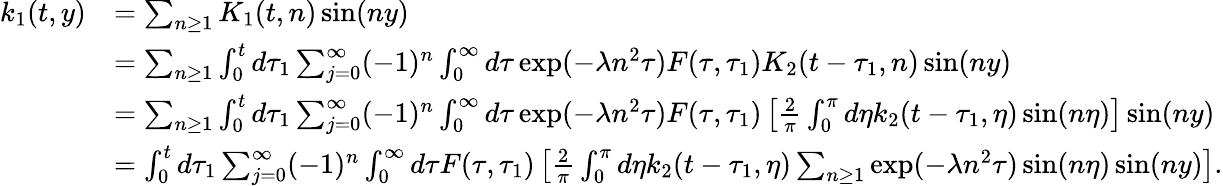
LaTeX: \begin{array}{rl}{k_{1}(t,y)}&{=\sum_{n\geq 1}K_{1}(t,n)\sin(ny)}\\ &{=\sum_{n\geq 1}\int_{0}^{t}d\tau_{1}\sum_{j=0}^{\infty}(-1)^{n}\int_{0}^{\infty}d\tau\exp(-\lambda n^{2}\tau)F(\tau,\tau_{1})K_{2}(t-\tau_{1},n)\sin(ny)}\\ &{=\sum_{n\geq 1}\int_{0}^{t}d\tau_{1}\sum_{j=0}^{\infty}(-1)^{n}\int_{0}^{\infty}d\tau\exp(-\lambda n^{2}\tau)F(\tau,\tau_{1})\left[\frac{2}{\pi}\int_{0}^{\pi}d\eta k_{2}(t-\tau_{1},\eta)\sin(n\eta)\right]\sin(ny)}\\ &{=\int_{0}^{t}d\tau_{1}\sum_{j=0}^{\infty}(-1)^{n}\int_{0}^{\infty}d\tau F(\tau,\tau_{1})\left[\frac{2}{\pi}\int_{0}^{\pi}d\eta k_{2}(t-\tau_{1},\eta)\sum_{n\geq 1}\exp(-\lambda n^{2}\tau)\sin(n\eta)\sin(ny)\right].}\end{array}